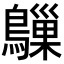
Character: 𬷰